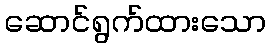
ဆောင်ရွက်ထားသော